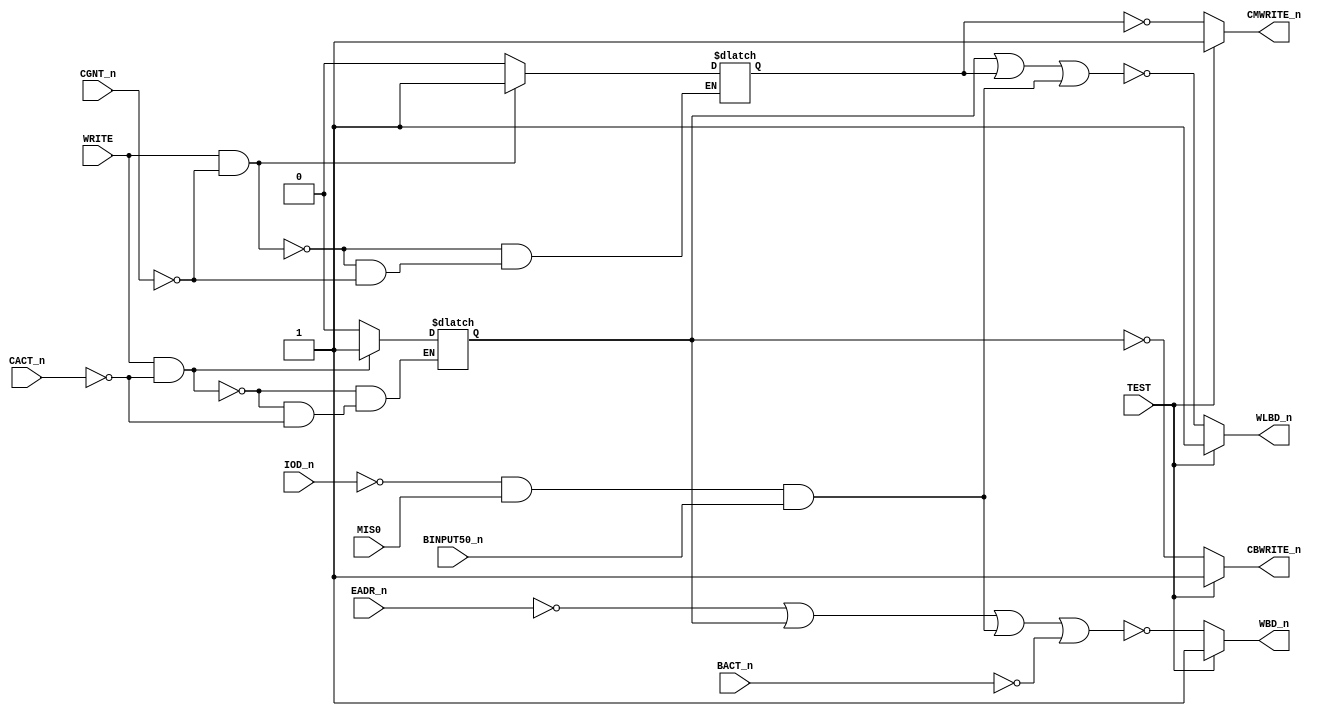
// This program was cloned from: https://github.com/RonnyA/nd-120
// License: MIT License

// PAL16L8_12
// JLB/CITC 15AUG86
// 44303B,2C,LBC2 - LOCAL DATA BUS CONTROL PAL

module PAL_44303B(   
    input CACT_n,        // I0                          
    input CGNT_n,        // I1                          
    input EADR_n,        // I2 - Address from CPU to Bus
    input BINPUT50_n,    // I3                          
    input MIS0,          // I4                          
    input IOD_n,         // I5                          
    input WRITE,         // I6                          
    input TEST,          // I7 - PD1                    
    //input I8           // I8                          
    input BACT_n,        // I9                          

    output WBD_n,       // Y0_n - Write Bus Direction    
    output CBWRITE_n,   // Y1_n - CPU Write cycle to Bus 

    output WLBD_n,      // B0_n - Write Local Bus Direction
    output CMWRITE_n    // B1_n - CPU Write to Local Memory

    /* Not connected
    output    // B2_n 
    output    // B3_n 
    output    // B4_n 
    output    // B5_n         
    */
);



// Inverted input signals
wire CACT = ~CACT_n;
wire CGNT = ~CGNT_n;
wire EADR = ~EADR_n;
wire IOD = ~IOD_n;
wire BACT = ~BACT_n;

reg CBWRITE;
reg CMWRITE;


always @(*) begin

    // CBWRITE - CPU TO BUS WRITE. STARTS ONLY WHEN THE BUS IS GRANTED.
    //           LASTS UNTIL THE END OF THE BUS CYCLE.   
    if (WRITE & CACT) 
        CBWRITE = 1'b1;
    else if (CACT==0)
        CBWRITE = 1'b0;

    // (CMWRITE) - CPU WRITE TO LOCAL MEMORY. LASTS UNTIL END OF MEMORY CYCLE.
    //             ON BUFFERED WRITE.
    if (WRITE & CGNT)
        CMWRITE = 1'b1;
    else if (CGNT==0)
        CMWRITE = 1'b0;
end


// LBD TO BD TRANCEIVER
// --------------------

// WBD - DIRECTION FROM LBD TO BD
assign WBD_n =TEST ? 1'b1 : 
                            ~(
                                (EADR)                    |   // Address from CPU to Bus
                                (CBWRITE)                 |   // CPU Write cycle to Bus
                                (IOD & MIS0 & BINPUT50_n) |   // Output part of IOX
                                (BACT)                        // DMA Output cycle
                            );

// CBWRITE - CPU TO BUS WRITE.
assign CBWRITE_n = TEST ? 1'b1 : ~CBWRITE;


// CD TO LBD TRANCEIVER
// --------------------

// WLBD - DIRECTION FROM CD TO LBD
assign WLBD_n = TEST ? 1'b1 :
                                ~(
                                    (CBWRITE)                |  // CPU Write cycle to Bus
                                    (CMWRITE)                |  // CPU Write cycle to Local Memory
                                    (IOD & MIS0 & BINPUT50_n)   // Output part of IOX
                                );
    
// CMWRITE - CPU WRITE TO LOCAL MEMORY.
assign CMWRITE_n = TEST ? 1'b1 : ~CMWRITE;




endmodule


/*
DESCRIPTION

; 180587 - 3202B
; 070887 JLB: 3202C ONLY ! (TEST MODE).

*/